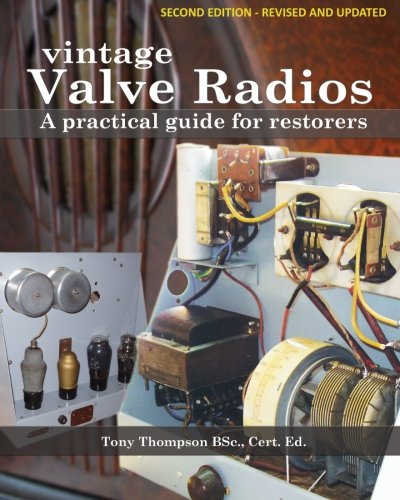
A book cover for Vintage Valve Radios: A practical guide for restorers; Tony Thompson BSc.; Crafts, Hobbies & Home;